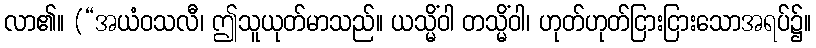
လာ၏။ (“အယံဝသလီ၊ ဤသူယုတ်မာသည်။ ယသ္မိံဝါ တသ္မိံဝါ၊ ဟုတ်ဟုတ်ငြားငြားသောအရပ်၌။